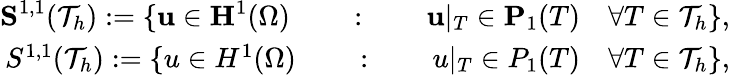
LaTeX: \begin{array}{r}{\textbf{S}^{1,1}(\mathcal{T}_{h}):=\{ \textbf{u}\in\textbf{H}^{1}(\Omega)\qquad:\qquad\textbf{u}|_{T}\in\textbf{P}_{1}(T)\quad\forall T\in\mathcal{T}_{h}\} ,}\\ {S^{1,1}(\mathcal{T}_{h}):=\{ u\in H^{1}(\Omega)\qquad:\qquad u|_{T}\in P_{1}(T)\quad\forall T\in\mathcal{T}_{h}\} ,}\end{array}